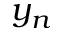
y _ { n }